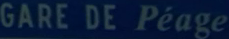
GARE DE PÉAGE